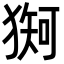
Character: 𪻇